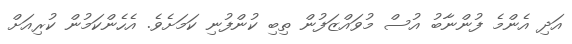
އަދި އެންމެ ފުންނާބު އުސް މުވައްޒަފުން ތިބި ކުންފުނި ކަމަށެވެ. އެހެންކަމުން ކުރިއަށް